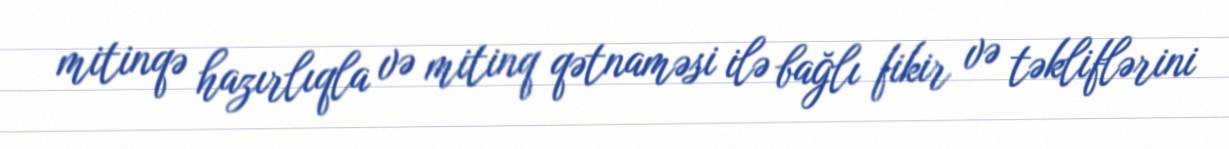
mitinqə hazırlıqla və mitinq qətnaməsi ilə bağlı fikir və təkliflərini